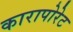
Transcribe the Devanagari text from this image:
कारापोरेट